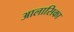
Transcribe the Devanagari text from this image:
आलासिका